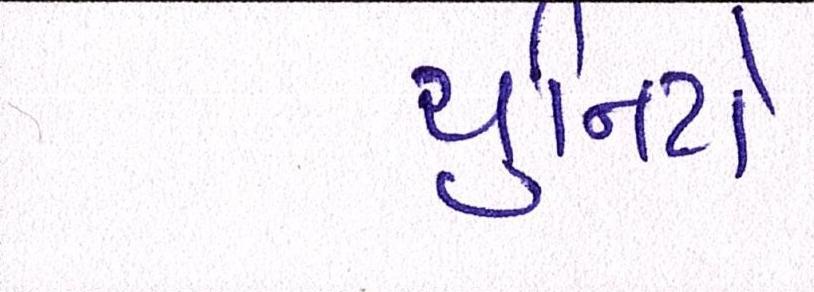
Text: યુનિટો